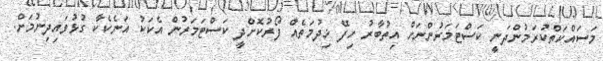
މަސައްކަތްކުރަމުންދަނީ ކަސްޓަމަރުންނަށް އިތުބާރު ހިފޭ ޚިދުމަތެއް ފޯރުކޮށްދީ ކަސްޓަމަރުން އެކަކު އަނެކެކާ ގުޅުވައިދިނުމަށް.